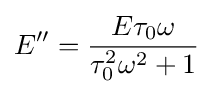
E''={\frac {E\tau _{0}\omega }{\tau _{0}^{2}\omega ^{2}+1}}